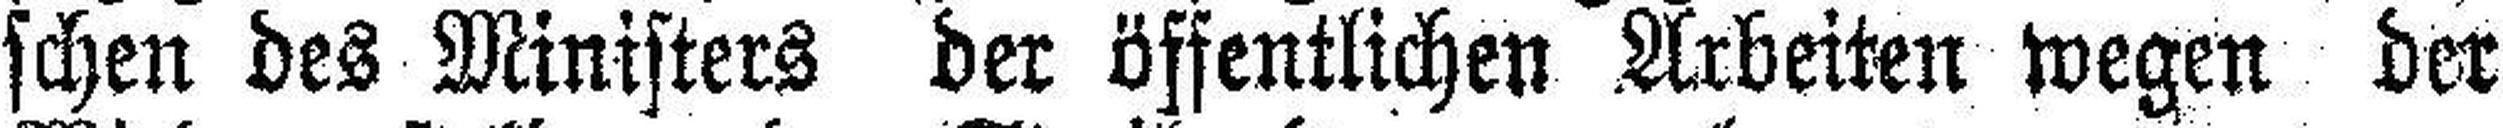
schen des Ministers der öffentlichen Arbeiten wegen der